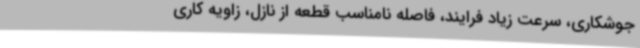
جوشکاری، سرعت زیاد فرایند، فاصله نامناسب قطعه از نازل، زاویه کاری